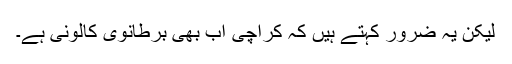
لیکن یہ ضرور کہتے ہیں کہ کراچی اب بھی برطانوی کالونی ہے۔